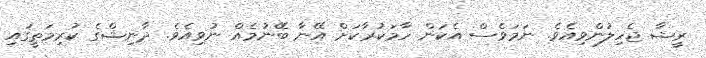
ރީޝާ ޖެހިލުންވިއެވެ. ނަމަވެސް އެކަން ހާމަކުރާކަށް އޭނާ ބޭނުމެއް ނުވިއެވެ. ދާނިޝްގެ ކުރިމަތީގައި